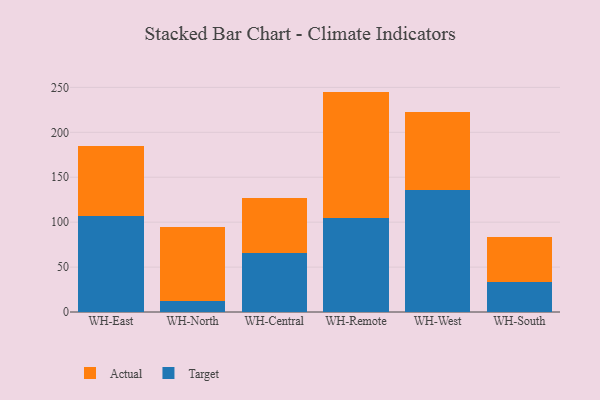
{"axis": {"x": "Warehouse", "y": "Satisfaction Score"}, "legend": ["Actual", "Target"], "data": [{"x": "WH-East", "y": 106.7, "type": "Target"}, {"x": "WH-East", "y": 78.2, "type": "Actual"}, {"x": "WH-North", "y": 12.6, "type": "Target"}, {"x": "WH-North", "y": 81.9, "type": "Actual"}, {"x": "WH-Central", "y": 66.1, "type": "Target"}, {"x": "WH-Central", "y": 61.2, "type": "Actual"}, {"x": "WH-Remote", "y": 104.7, "type": "Target"}, {"x": "WH-Remote", "y": 140.6, "type": "Actual"}, {"x": "WH-West", "y": 136.0, "type": "Target"}, {"x": "WH-West", "y": 86.6, "type": "Actual"}, {"x": "WH-South", "y": 33.2, "type": "Target"}, {"x": "WH-South", "y": 49.8, "type": "Actual"}]}